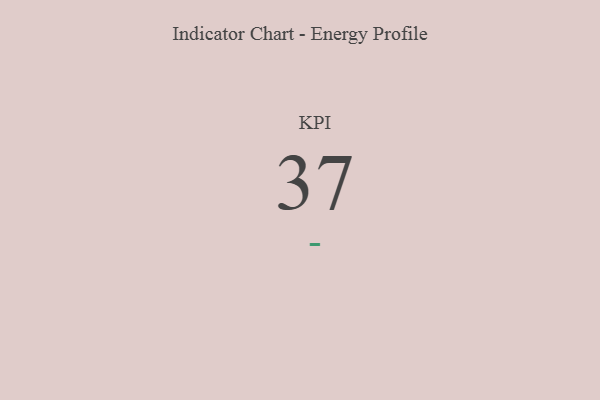
{"axis": {"x": "KPI", "y": "Value"}, "legend": [""], "data": [{"x": "KPI", "y": 37, "type": ""}]}